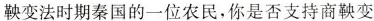
鞅变法时期秦国的一位农民，你是否支持商鞅变